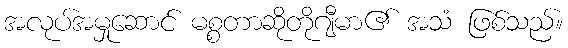
အလုပ်အမှုဆောင် မစ္စတာဆိုတိုဂျီမာ၏ အသံ ဖြစ်သည်။